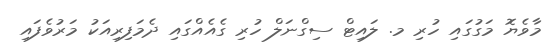
މާވެޔޮ މަގުގައި ހުރި މ. ލައިޓް ސިގްނަލް ހުރި ގެއެއްގައި ދެމަފިރިއަކު މަރުވެފައި